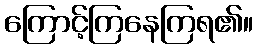
ကြောင့်ကြနေကြရ၏။